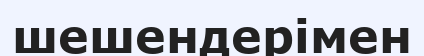
шешендерімен